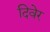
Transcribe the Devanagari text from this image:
दिवेर